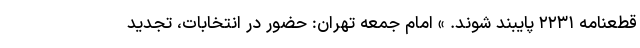
قطعنامه ۲۲۳۱ پایبند شوند. » امام جمعه تهران: حضور در انتخابات، تجدید